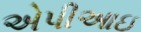
એપીઆઇ